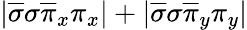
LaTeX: |\overline{{\sigma}}\sigma\overline{{\pi}}_{x}\pi_{x}|+|\overline{{\sigma}}\sigma\overline{{\pi}}_{y}\pi_{y}|